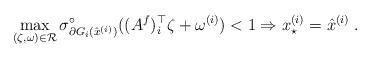
LaTeX: \begin{align*}\max_{(\zeta, \omega) \in \mathcal R} \sigma^\circ_{\partial G_i(\hat x^{(i)})} ((A^f)_i^\top \zeta + \omega^{(i)}) < 1 \Rightarrow x^{(i)}_\star = \hat x^{(i)} \;.\end{align*}